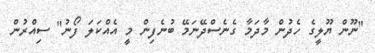
"ނޫން ޔޫލީގެ ހެދުން މާދަމާ ގެނެސްދޭނަމޭ ބުނެފިން މީ އެއްކަލަ ފޯނު" ސިއްރުން